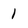
Character: 1